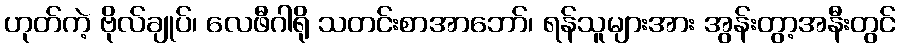
ဟုတ်ကဲ့ ဗိုလ်ချုပ်၊ လေဖီဂါရို သတင်းစာအာဘော်၊ ရန်သူများအား အွန်းတွာ့အနီးတွင်